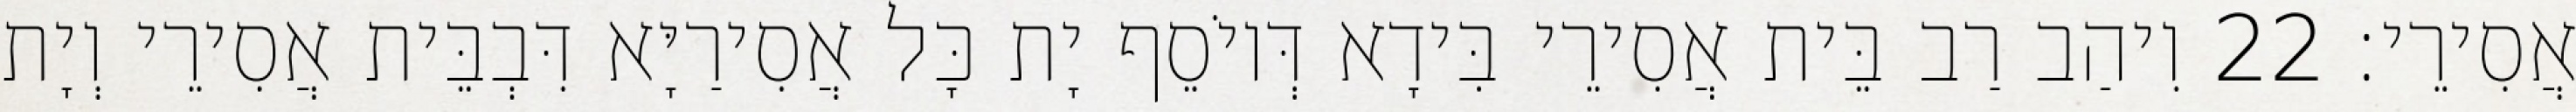
אֲסִירֵי׃ 22 וִיהַב רַב בֵּית אֲסִירֵי בִּידָא דְּיוֹסֵף יָת כָּל אֲסִירַיָּא דִּבְבֵּית אֲסִירֵי וְיָת